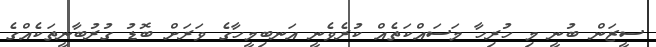
ސީޒަން ބުނީ މި ހުރިހާ މަސައްކަތެއް ކުރެވެނީ އަނބިމީހާގެ ވަރަށް ބޮޑު ގުރުބާނީތަކެއްގެ